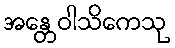
အန္တေဝါသိကေသု